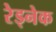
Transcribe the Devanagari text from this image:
रेड्नेक